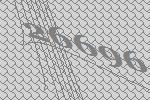
26696